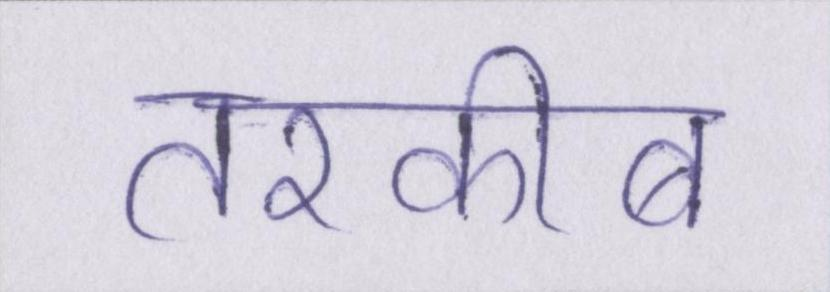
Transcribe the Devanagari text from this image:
तरकीब